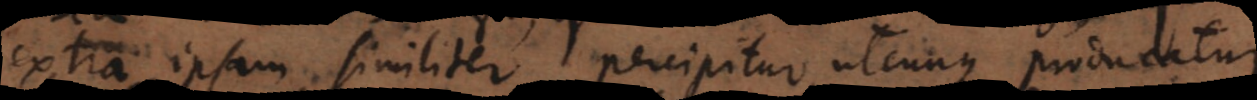
extra ipsam similiter percipitur, utcunque producatur